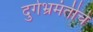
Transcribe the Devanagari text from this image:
दुर्गभ्रमंतीचे